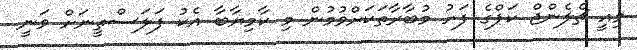
މިއީ ޗެލެންޖް ކަޕްގެ ފަހު މުބާރާތަކަށްވުމުން މި ކާމިޔާބާ އެކު ފަލަސްތީނަށް ވަނީ